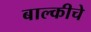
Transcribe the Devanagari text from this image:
बाल्कीचे